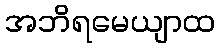
အဘိရမေယျာထ